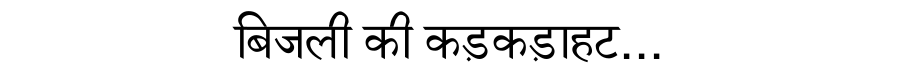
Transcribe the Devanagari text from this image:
बिजली की कड़कड़ाहट...